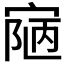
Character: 𡩊